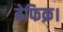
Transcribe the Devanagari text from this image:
बेफिक्र।